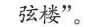
弦楼”。